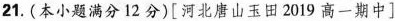
21.(本小题满分12分)[河北唐山玉田2019高一期中]